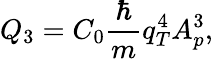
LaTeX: Q_{3}=C_{0}\frac{\hbar}{m}q_{T}^{4}A_{p}^{3},